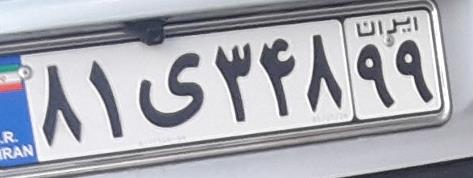
۸۱ی۳۴۸۹۹